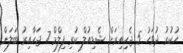
ހުކުރު ދުވަހު 5 ޖެހިއިރަށް ޝެޑިއުލް ކުރި ފިލްމް 7 ޖަހާއިރު ބަލަން